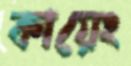
কায়েং